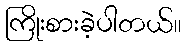
ကြိုးစားခဲ့ပါတယ်။